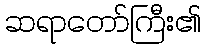
ဆရာတော်ကြီး၏